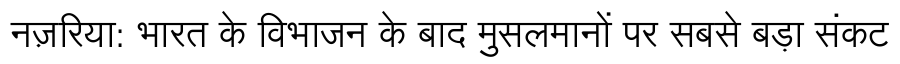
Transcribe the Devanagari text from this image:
नज़रिया: भारत के विभाजन के बाद मुसलमानों पर सबसे बड़ा संकट